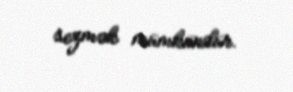
sezmək mümkündür.